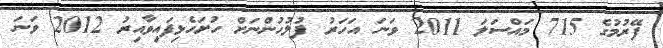
ފޭރުމުގެ 715 މައްސަލަ 2011 ވަނަ އަހަރު ފުލުހުންނަށް ހުށަހެޅިފައިވާއިރު 2012 ވަނަ